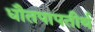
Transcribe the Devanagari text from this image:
धौतपापतीर्थ